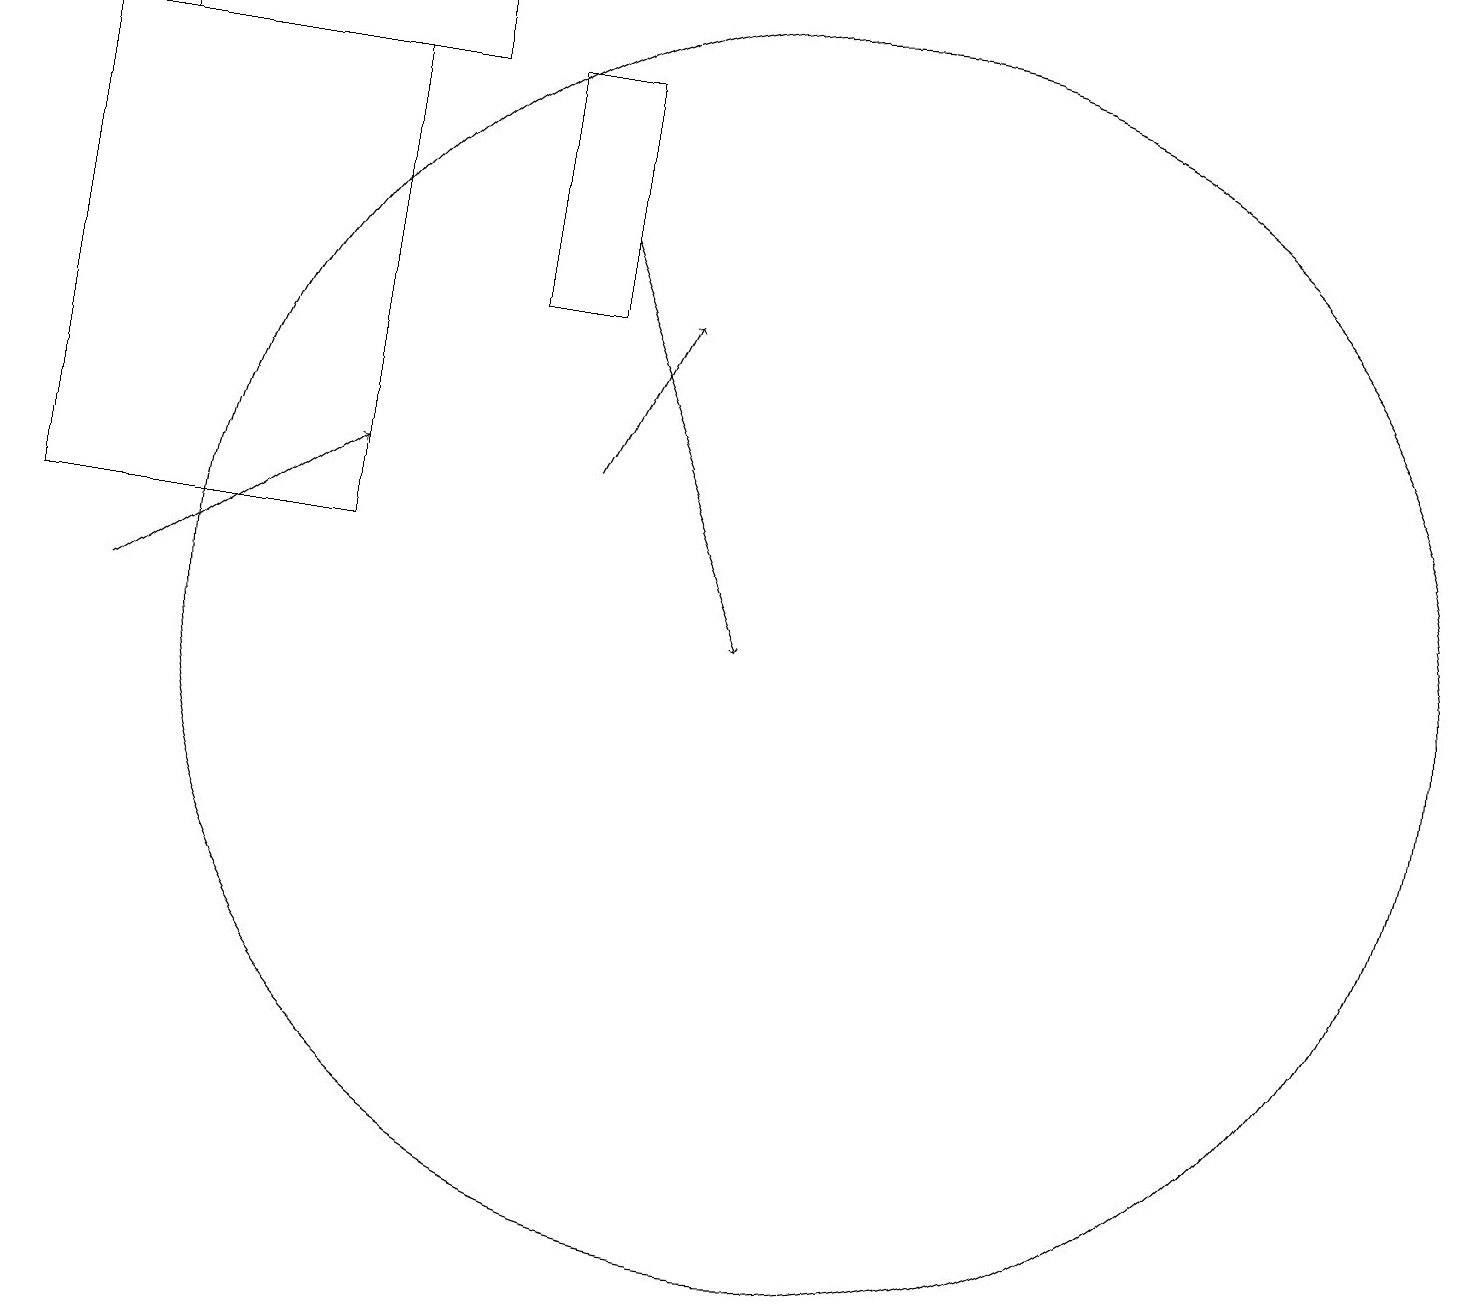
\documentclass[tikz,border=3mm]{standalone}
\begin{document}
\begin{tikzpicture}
\draw[->] (1,11) -- (4,13);
\draw (7,18) rectangle (6,15);
\draw (10,11) circle (8);
\draw (1,19) rectangle (5,18);
\draw[->] (7,16) -- (9,11);
\draw (0,18) rectangle (4,12);
\draw[->] (7,13) -- (8,15);
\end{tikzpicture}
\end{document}